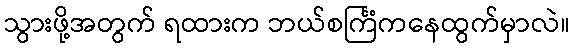
သွားဖို့အတွက် ရထားက ဘယ်စင်္ကြံကနေထွက်မှာလဲ။